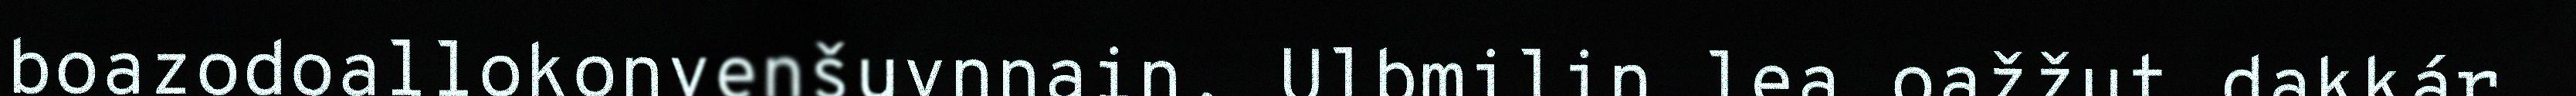
boazodoallokonvenšuvnnain. Ulbmilin lea oažžut dakkár